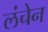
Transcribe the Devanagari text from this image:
लंचेन